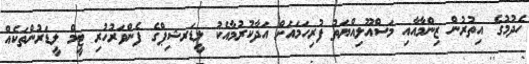
ހެދުމުގެ އިތުރުން ޒިންމާއާއި މަސްއޫލިއްޔަތު ފުރިހަމައަށް އަދާކުރުމާއެކު ލީޑަރޝިޕްގެ ފެންވަރުހުރި ޓީމް ލީޑަރުންތަކެއް